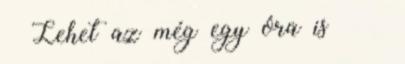
– Lehet az még egy óra is – –